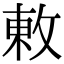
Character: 𢽬